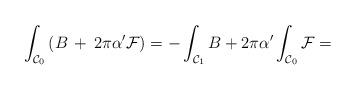
LaTeX: \begin{align*}\int_{{\cal C}_0} \left(B \,+\, 2 \pi \alpha' {\cal F}\right) = -\int_{{\cal C}_1} B + 2 \pi \alpha' \int_{{\cal C}_0} {\cal F} =\end{align*}